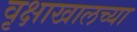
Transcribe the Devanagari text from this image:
वृक्षाखालच्या